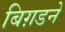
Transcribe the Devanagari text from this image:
बिग़डने